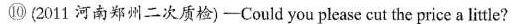
⑩（2011河南郑州二次质检）—Could you please cut the price a little?